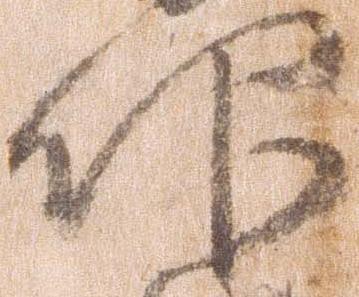
仰